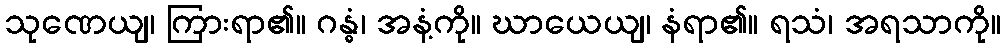
သုဏေယျ၊ ကြားရာ၏။ ဂန္ဓံ၊ အနံ့ကို။ ဃာယေယျ၊ နံရာ၏။ ရသံ၊ အရသာကို။